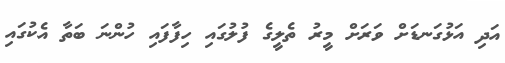
އަދި އަޅުގަނޑަށް ވަރަށް މީރު ތެލީގެ ފުލުގައި ހިފާފައި ހުންނަ ބަތާ އެކުގައި